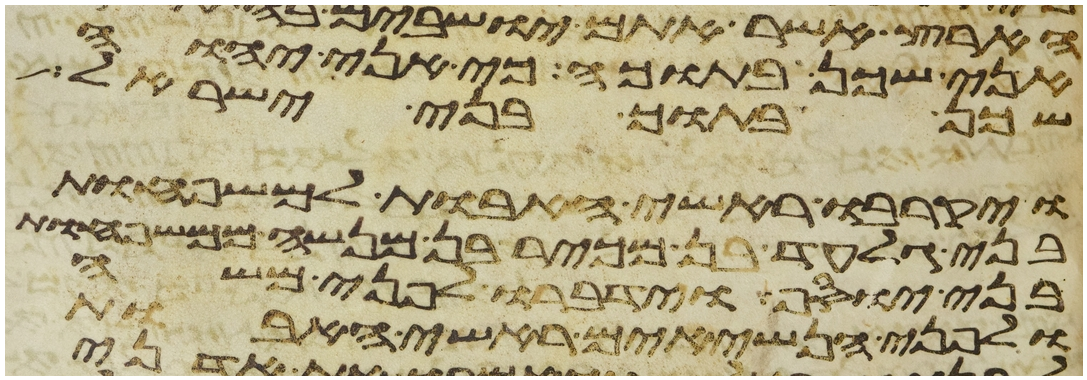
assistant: אני שכן בתוכה כי אני יהוה
שכן בתוך בני ישראל
ויקרבו ראשי האבות למשפחות
בני גלעד בן מכיר בן מנשה ממשפחות
בני יוסף וידברו לפני משה
ולפני הנשיאים ראשי האבות